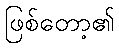
ဖြစ်တော့၏